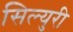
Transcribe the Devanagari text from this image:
सिल्युरी